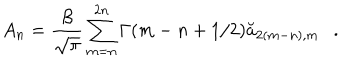
LaTeX: A _ { n } = { \frac { \beta } { \sqrt { \pi } } } \sum _ { m = n } ^ { 2 n } \Gamma ( m - n + 1 / 2 ) \breve { a } _ { 2 ( m - n ) , m } .